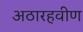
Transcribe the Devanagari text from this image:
अठारहवीण